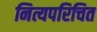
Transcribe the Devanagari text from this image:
नित्यपरिचित